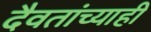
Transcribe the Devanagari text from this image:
दैवतांच्याही